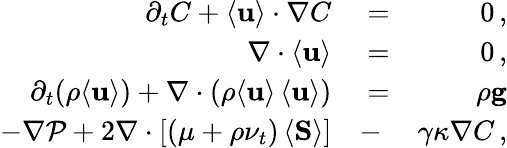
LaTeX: \begin{array}{rlr}{\partial_{t}C+\langle{\mathbf{u}}\rangle\cdot\nabla C}&{{}=}&{0\, ,}\\ {\nabla\cdot\langle{\mathbf{u}}\rangle}&{{}=}&{0\, ,}\\ {\partial_{t}(\rho\langle{\mathbf{u}}\rangle)+\nabla\cdot(\rho\langle{\mathbf{u}}\rangle\, \langle{\mathbf{u}}\rangle)}&{{}=}&{\rho{\mathbf{g}}}\\ {-\nabla\mathcal P+2\nabla\cdot[(\mu+\rho\nu_{t})\, \langle{\mathbf{S}}\rangle]}&{{}-}&{\gamma\kappa\nabla C\, ,}\end{array}